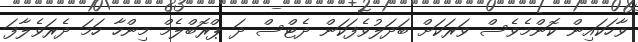
ވާހަކައިން ކޮންމެވެސް ވަރަކަށް ބަދަލުވެފަކަން ދެޓްސް ދަ ޕްރޮބްލެމް މިންހާ ހަމަ ދެރަވެލާފަ